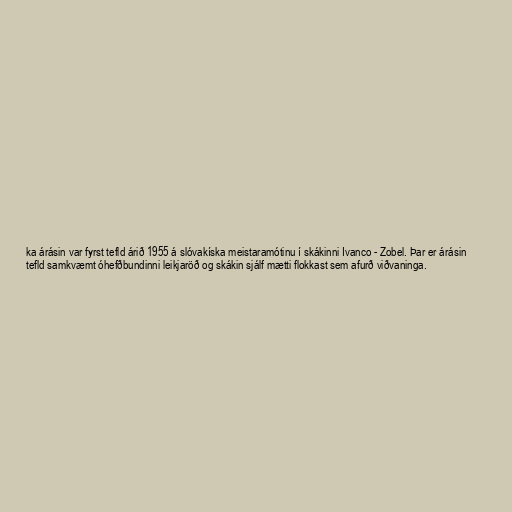
ka árásin var fyrst tefld árið 1955 á slóvakíska meistaramótinu í skákinni Ivanco - Zobel. Þar er árásin
tefld samkvæmt óhefðbundinni leikjaröð og skákin sjálf mætti flokkast sem afurð viðvaninga.